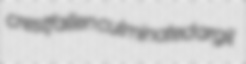
crestfallen culminated argil